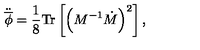
\ddot { \overline { { \phi } } } = \frac { 1 } { 8 } \mathrm { T r } \left[ \left( M ^ { - 1 } \dot { M } \right) ^ { 2 } \right] ,